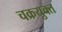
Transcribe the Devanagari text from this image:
चक्रयुक्त